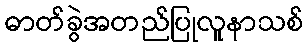
ဓာတ်ခွဲအတည်ပြုလူနာသစ်